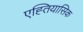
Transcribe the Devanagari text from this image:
एह्तियासिक